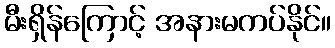
မီးရှိန်ကြောင့် အနားမကပ်နိုင်။